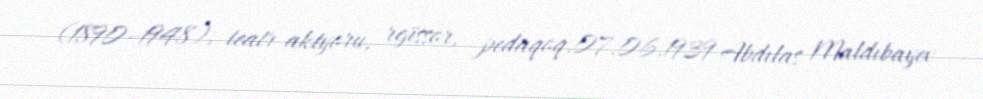
(1890–1948), teatr aktyoru, rejissor, pedaqoq.07.06.1939 Abdılas Maldıbayev